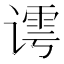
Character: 𰶀